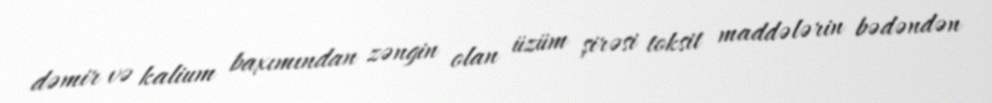
dəmir və kalium baxımından zəngin olan üzüm şirəsi toksit maddələrin bədəndən